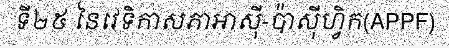
ទី២៥ នៃវេទិកាសភាអាស៊ី-ប៉ាស៊ីហ្វិក(APPF)